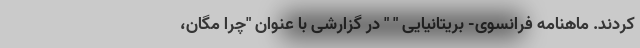
کردند. ماهنامه فرانسوی- بریتانیایی " " در گزارشی با عنوان "چرا مگان،